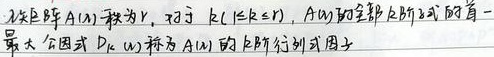
设矩阵\(A(\lambda)\)秩为\(r\)，对于\(k(1\leq k\leq r)\)，\(A(\lambda)\)的全部\(k\)阶子式的首一最大公因式\(D_{k}(\lambda)\)称为\(A(\lambda)\)的\(k\)阶行列式因子。